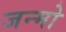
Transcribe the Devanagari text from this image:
जन्मो